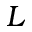
L